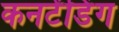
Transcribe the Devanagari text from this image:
कनटेंडिंग